Report on sanitation, dispensaries, and jails in Rajputana for 1916, and on vaccination for the year 1916-1917 - 1916-1917
Year: 1916
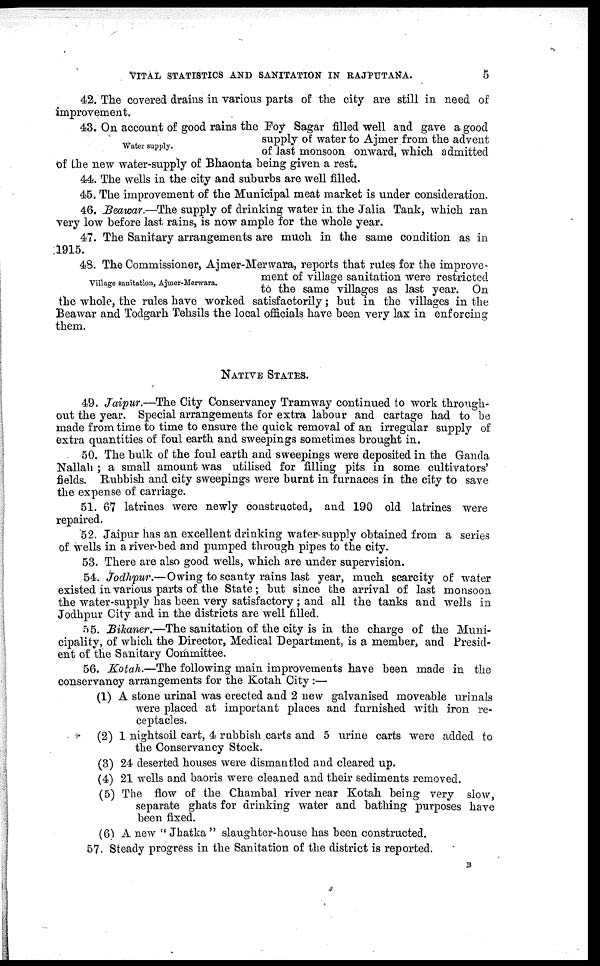
VITAL STATISTICS AND SANITATION IN RAJPUTANA.
5
42. The covered drains in various parts of the city are still in need of
improvement.
Water supply.
43. On account of good rains the Foy Sagar filled well and gave a good
supply of water to Ajmer from the advent
of last monsoon onward, which admitted
of the new water-supply of Bhaonta being given a rest.
44. The wells in the city and suburbs are well filled.
45. The improvement of the Municipal meat market is under consideration.
46. Beawar.—The supply of drinking water in the Jalia Tank, which ran
very low before last rains, is now ample for the whole year.
47. The Sanitary arrangements are much in the same condition as in
1915.
Village sanitation, Ajmer-Merwara.
48. The Commissioner, Ajmer-Merwara, reports that rules for the improve¬
ment of village sanitation were restricted
to the same villages as last year. On
the whole, the rules have worked satisfactorily; but in the villages in the
Beawar and Todgarh Tehsils the local officials have been very lax in enforcing
them.
NATIVE STATES.
49. Jaipur.—The City Conservancy Tramway continued to work through-
out the year. Special arrangements for extra labour and cartage had to be
made from time to time to ensure the quick removal of an irregular supply of
extra quantities of foul earth and sweepings sometimes brought in.
50. The bulk of the foul earth and sweepings were deposited in the Ganda
Nallah ; a small amount was utilised for filling pits in some cultivators'
fields. Rubbish and city sweepings were burnt in furnaces in the city to save
the expense of carriage.
51. 67 latrines were newly constructed, and 190 old latrines were
repaired.
52. Jaipur has an excellent drinking water supply obtained from a series
of wells in a river-bed and pumped through pipes to the city.
53. There are also good wells, which are under supervision.
54. Jodhpur.—Owing to scanty rains last year, much scarcity of water
existed in various parts of the State; but since the arrival of last monsoon
the water-supply has been very satisfactory ; and all the tanks and wells in
Jodhpur City and in the districts are well filled.
55. Bikaner.—The sanitation of the city is in the charge of the Muni-
cipality, of which the Director, Medical Department, is a member, and Presid-
ent of the Sanitary Committee.
56. Kotah.—The following main improvements have been made in the
conservancy arrangements for the Kotah City :—
(1) A stone urinal was erected and 2 new galvanised moveable urinals
were placed at important places and furnished with iron re-
ceptacles.
(2) 1 nightsoil cart, 4 rubbish carts and 5 urine carts were added to
the Conservancy Stock.
(3) 24 deserted houses were dismantled and cleared up.
(4) 21 wells and baoris were cleaned and their sediments removed.
(5) The flow of the Chambal river near Kotah being very slow,
separate ghats for drinking water and bathing purposes have
been fixed.
(6) A new "Jhatka" slaughter-house has been constructed.
57. Steady progress in the Sanitation of the district is reported.
B